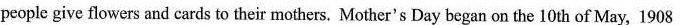
people give flowers and cards to their mothers. Mother's Day began on the 10 th of May, 1908e them